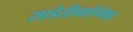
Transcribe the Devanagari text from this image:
साडेतीनशेपेक्षा